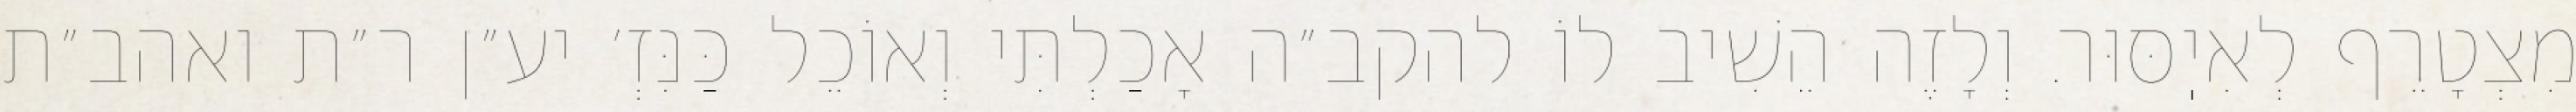
מִצְטָרֵף לְאִיֽסּוּר. וְלָזֶה הֵשִׁיב לוֹ להקב״ה אָכַלְתִּי וְאוֹכֵל כַּנִּזְ׳ יע״ן ר״ת ואהב״ת